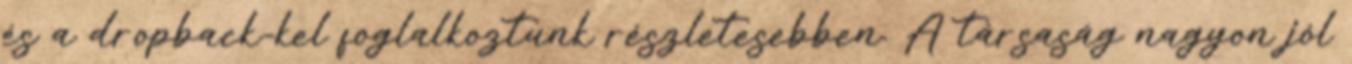
és a dropback-kel foglalkoztunk részletesebben. A társaság nagyon jól